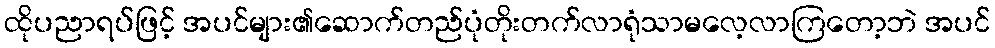
ထိုပညာရပ်ဖြင့် အပင်များ၏ဆောက်တည်ပုံတိုးတက်လာရုံသာမလေ့လာကြတော့ဘဲ အပင်